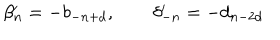
LaTeX: \beta _ { n } ^ { \prime } = - b _ { - n + d } , \qquad \delta _ { - n } ^ { \prime } = - d _ { n - 2 d }